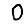
Digit: 0